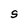
Character: S